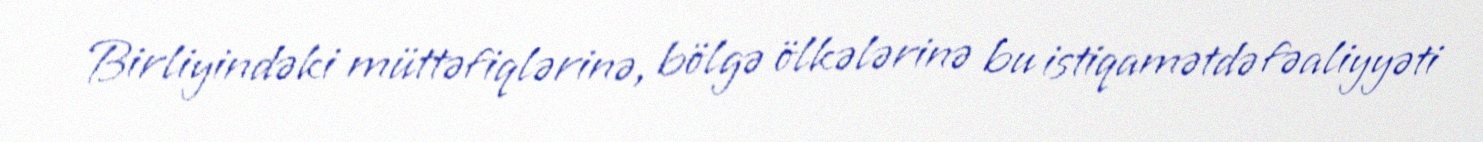
Birliyindəki müttəfiqlərinə, bölgə ölkələrinə bu istiqamətdə fəaliyyəti